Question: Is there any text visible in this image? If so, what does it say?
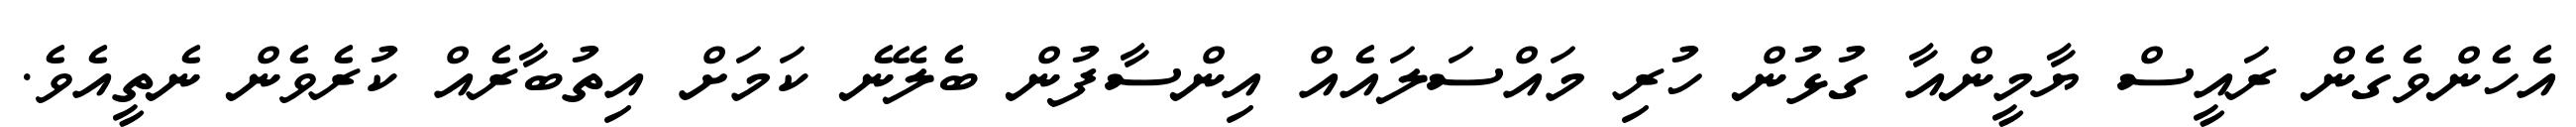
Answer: އެހެންވެގެން ރައީސް ޔާމީންއާ ގުޅުން ހުރި މައްސަލައެއް އިންސާފުން ބެލޭނެ ކަމަށް އިތުބާރެއް ކުރެވެން ނެތީއެވެ.